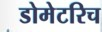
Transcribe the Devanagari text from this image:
डोमेटरिच